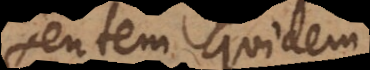
praesentem quidem